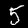
Digit: 5